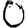
Digit: 0